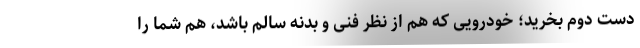
دست دوم بخرید؛ خودرویی که هم از نظر فنی و بدنه سالم باشد، هم شما را